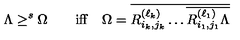
\Lambda \geq ^ { s } \Omega \qquad \mathrm { i f f } \quad \Omega = \overline { { R _ { i _ { k } , j _ { k } } ^ { ( \ell _ { k } ) } \dots \overline { { R _ { i _ { 1 } , j _ { 1 } } ^ { ( \ell _ { 1 } ) } \Lambda } } } }